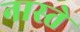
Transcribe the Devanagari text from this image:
नास्‍ते